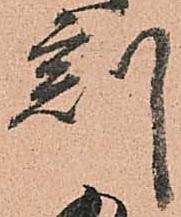
刻